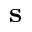
{ \bf s }